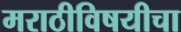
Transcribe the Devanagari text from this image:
मराठीविषयीचा